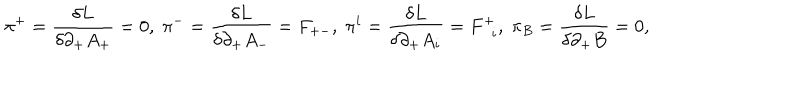
{ \pi } ^ { + } = \frac { { \delta } L } { { \delta } { \partial } _ { + } A _ { + } } = 0 , \; { \pi } ^ { - } = \frac { { \delta } L } { { \delta } { \partial } _ { + } A _ { - } } = F _ { + - } , \; { \pi } ^ { i } = \frac { { \delta } L } { { \delta } { \partial } _ { + } A _ { i } } = F _ { \; \; i } ^ { + } , \; { \pi } _ { B } = \frac { { \delta } L } { { \delta } { \partial } _ { + } B } = 0 ,